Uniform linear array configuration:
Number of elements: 16
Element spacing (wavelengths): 1
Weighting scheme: blackman
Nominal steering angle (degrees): -45
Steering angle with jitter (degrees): -43.072
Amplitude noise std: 0.05
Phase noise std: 0.05

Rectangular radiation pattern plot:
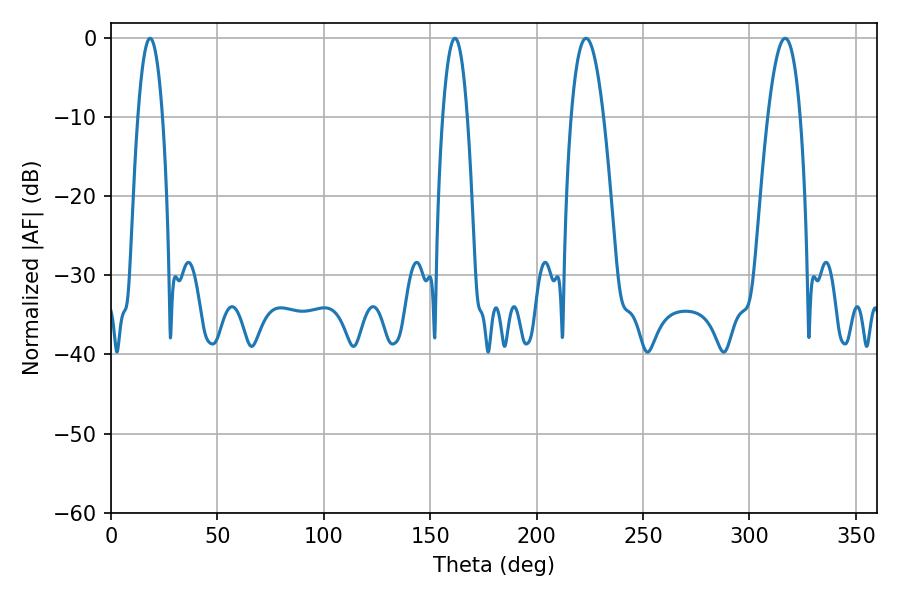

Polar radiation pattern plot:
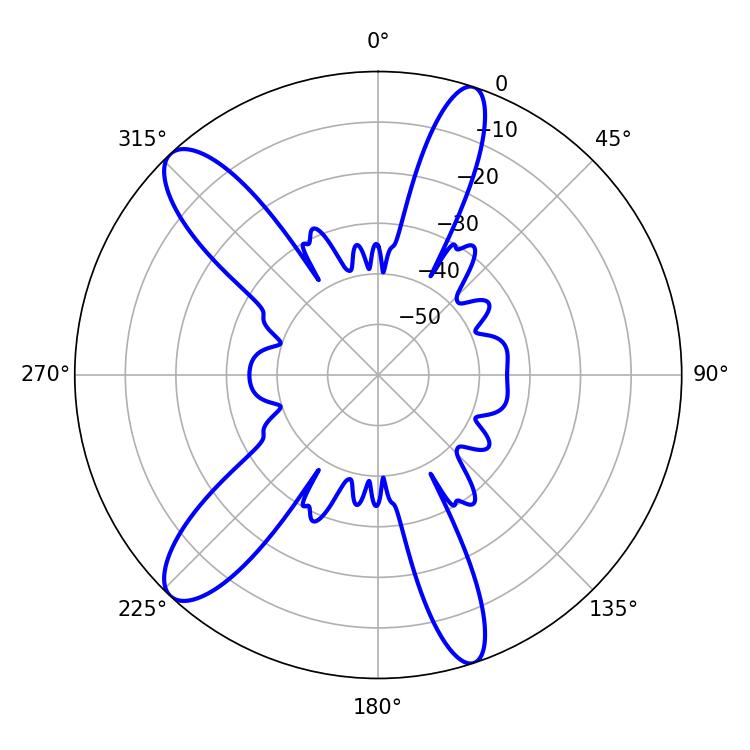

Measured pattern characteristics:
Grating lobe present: TRUE
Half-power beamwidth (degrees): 6.48
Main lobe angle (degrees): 18.36